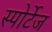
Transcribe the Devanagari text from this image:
स्पोर्टेज